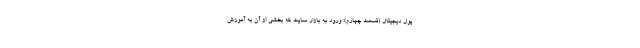
پول دیجیتال (قسمت چهارم): ورود به بازار سایت که بخشی از آن به آموزش